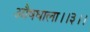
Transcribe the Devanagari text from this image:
औषधाला।।३।।